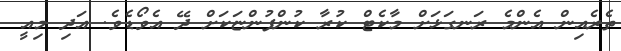
ތެރެއިން އެންމެ ރަނގަޅަށް މާކެޓް ކުރާ ކުންފުންޏަކަށް ދޭ އެވޯޑެވެ. އަދި މިއީ